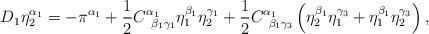
LaTeX: \begin{align*}D_1\eta _2^{\alpha _1}=-\pi ^{\alpha _1}+\frac 12C_{\;\;\beta_1\gamma _1}^{\alpha _1}\eta _1^{\beta _1}\eta _2^{\gamma _1}+\frac12C_{\;\;\beta _1\gamma _3}^{\alpha _1}\left( \eta _2^{\beta _1}\eta_1^{\gamma _3}+\eta _1^{\beta _1}\eta _2^{\gamma _3}\right) ,\end{align*}